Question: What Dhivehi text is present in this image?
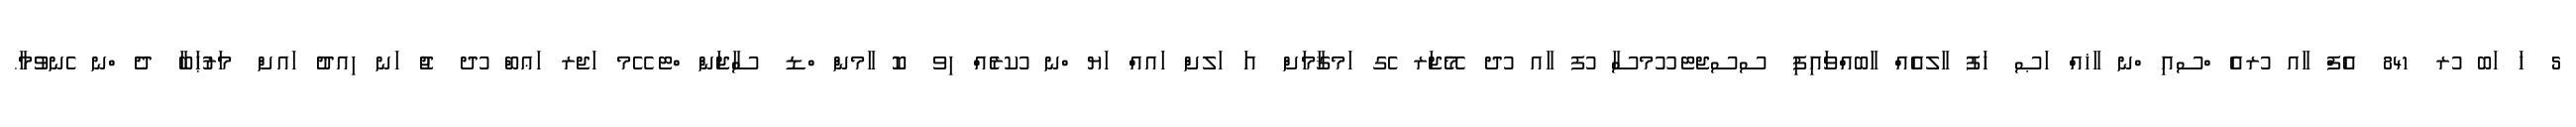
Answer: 5 ޚަ ަބ ުރ 841 އެފް ާއ ުރއެ ްސއި ްނ ާޚއް ަޞ ހަފު ާލއެއް ާބއްވައިފި ސސޖޓ ޫމސާ ުފ ާއ ުދ މޭޖަރ ެގ ަމޤާމަށް އަ ަލށް ައއް ަޔ ްނ ުކރެއް ިވ ކޮ ާމން ްޑ ސާޖަން ްޓ ޭމ ަޖރ ަޢބް ުދ ޖު ަނ ިއދު ައށް މަރުޙަބާ ދެ ްނ ެނވުމާ.